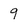
Character: 9